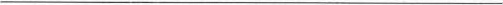
___